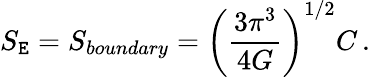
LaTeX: S_{\mathtt{E}}=S_{boundary}=\left({\frac{{3\pi^{3}}}{{4G}}}\right)^{1/2}C\, .